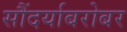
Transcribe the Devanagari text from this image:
सौंदर्याबरोबर